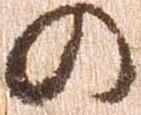
の